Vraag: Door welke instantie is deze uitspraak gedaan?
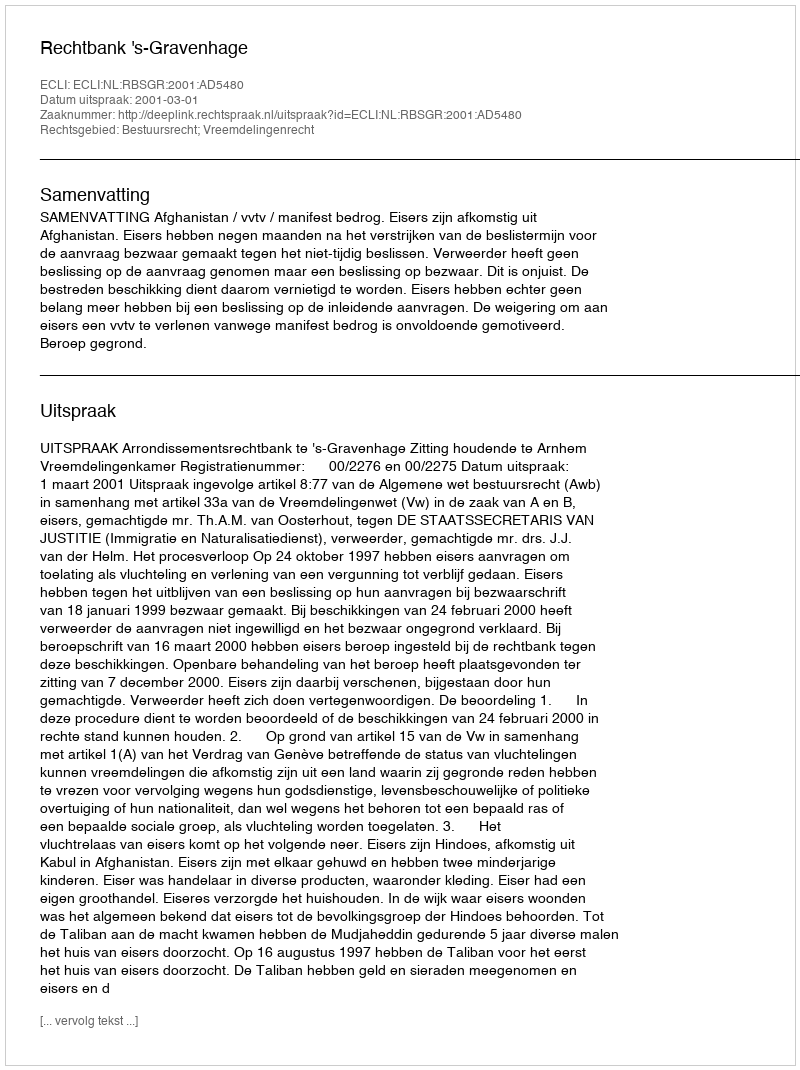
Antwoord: Rechtbank 's-Gravenhage